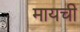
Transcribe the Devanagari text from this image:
मायची